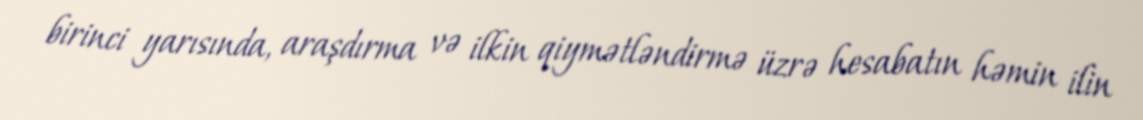
birinci yarısında, araşdırma və ilkin qiymətləndirmə üzrə hesabatın həmin ilin